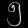
Digit: ၅